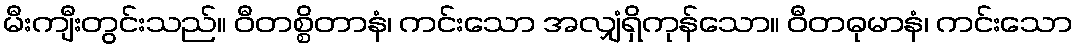
မီးကျီးတွင်းသည်။ ဝီတစ္စိတာနံ၊ ကင်းသော အလျှံရှိကုန်သော။ ဝီတဓုမာနံ၊ ကင်းသော